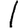
Digit: 1